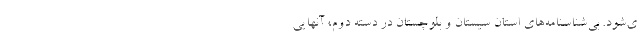
ي‌شود. بي‌شناسنامه‌هاي استان سيستان و بلوچستان در دسته دوم، آنهايي